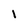
Character: l